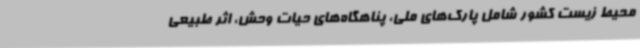
محیط زیست کشور شامل پارک‌های ملی، پناهگاه‌های حیات وحش، اثر طبیعی